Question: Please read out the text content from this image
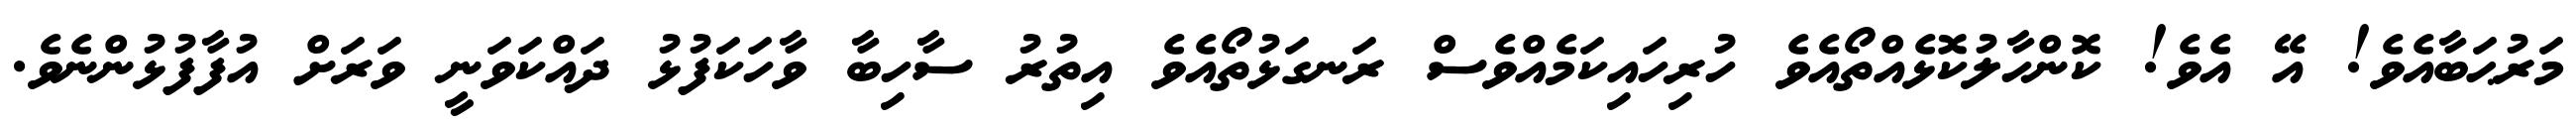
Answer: މަރުޙަބާއެވެ! އޭ އެވެ! ކޮންހާލުކޮޅެއްތޯއެވެ ހުރިހައިކަމެއްވެސް ރަނގަޅުތޯއެވެ އިތުރު ސާހިބާ ވާހަކަފުޅު ދައްކަވަނީ ވަރަށް އުފާފުޅުންނެވެ.